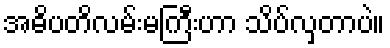
အဓိပတိလမ်းမကြီးဟာ သိပ်လှတာပဲ။